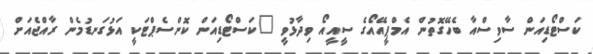
ކަސްޓޯޑިއަން ސާވިސްއާ ބެހޭގޮތުން އެމްޕީއޭއޯގެ ސީއީއޯ ވިދާޅުވީ "ކަސްޓޯޑިއަން ކޮންސެޕްޓަކީ އަޅުގަނޑުމެން ރާއްޖެއަށް